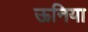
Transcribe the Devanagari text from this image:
ऊनिया